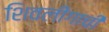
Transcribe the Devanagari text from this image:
शिवलींगाची